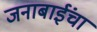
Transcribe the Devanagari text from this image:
जनाबाईंचा